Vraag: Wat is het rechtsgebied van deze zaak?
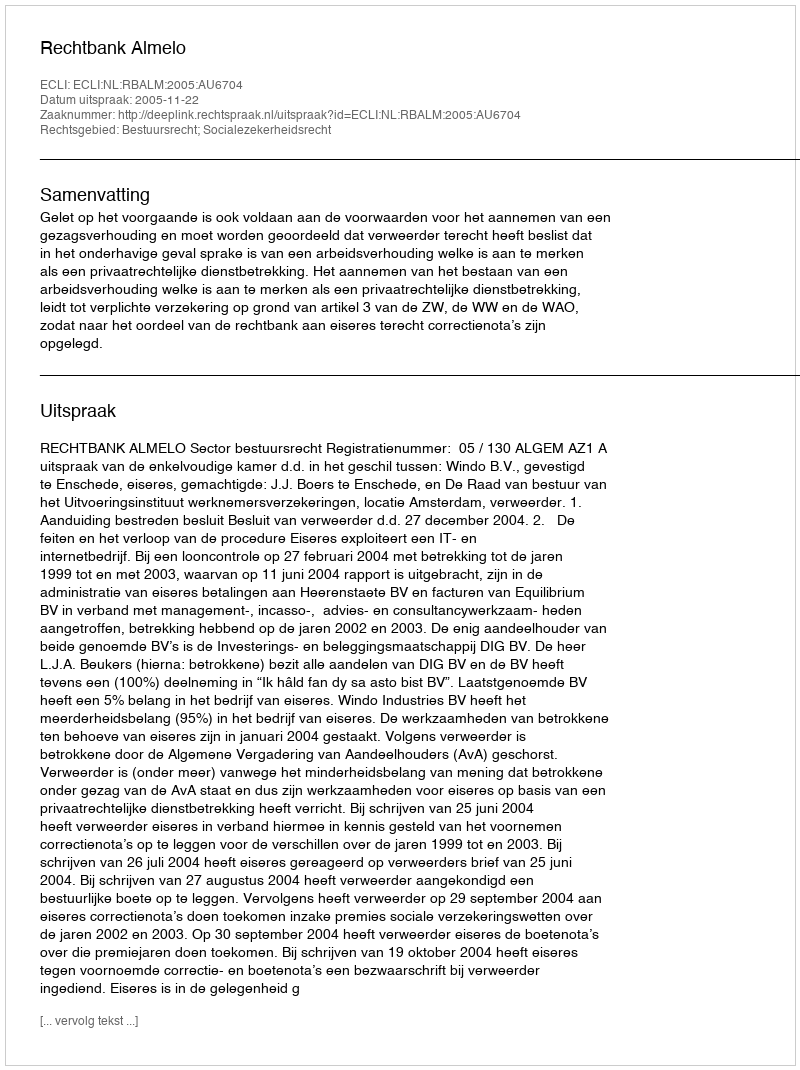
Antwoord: Bestuursrecht; Socialezekerheidsrecht